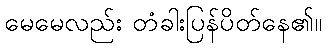
မေမေလည်း တံခါးပြန်ပိတ်နေ၏။